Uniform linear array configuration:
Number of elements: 4
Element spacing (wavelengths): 0.25
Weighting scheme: uniform
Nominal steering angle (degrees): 30
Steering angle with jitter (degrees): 28.723
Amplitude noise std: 0.05
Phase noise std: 0.05

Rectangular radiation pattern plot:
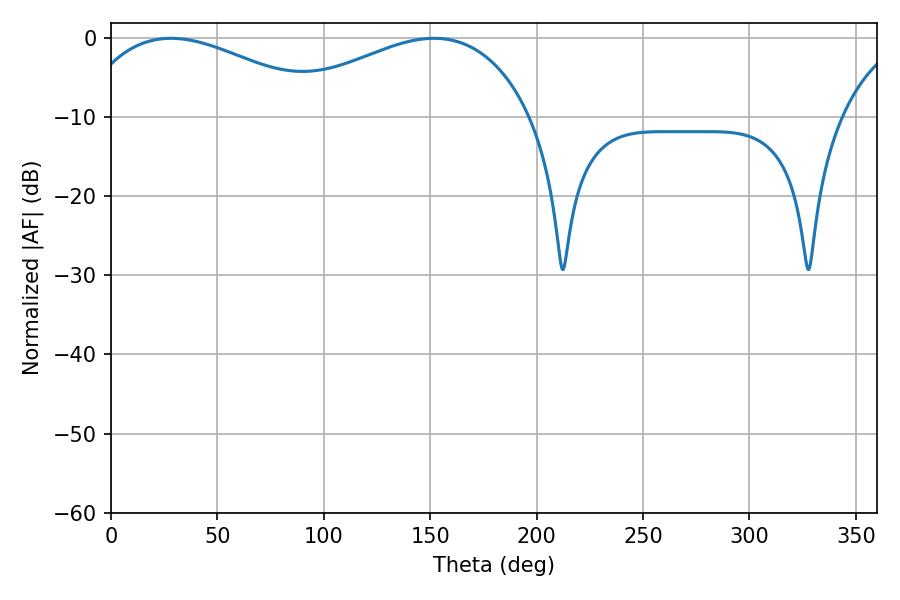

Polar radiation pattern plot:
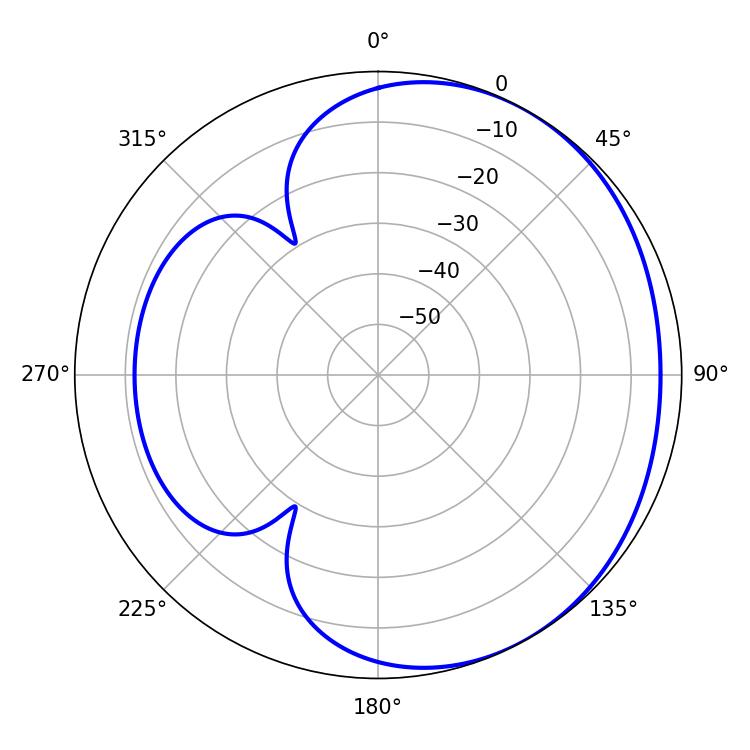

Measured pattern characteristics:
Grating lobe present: FALSE
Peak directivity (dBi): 2.29
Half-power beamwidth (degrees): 66.78
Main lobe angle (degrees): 28.26